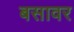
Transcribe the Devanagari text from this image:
बसावर